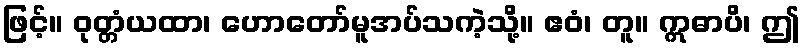
ဖြင့်။ ဝုတ္တံယထာ၊ ဟောတော်မူအပ်သကဲ့သို့။ ဧဝံ၊ တူ။ ဣဓာပိ၊ ဤ